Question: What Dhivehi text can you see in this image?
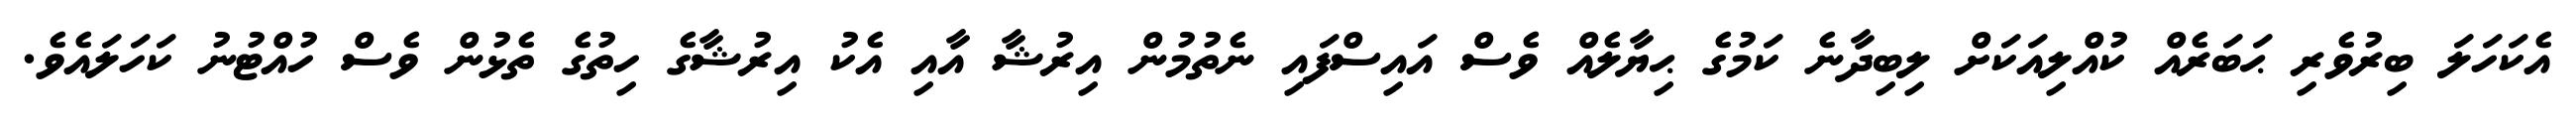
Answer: އެކަހަލަ ބިރުވެރި ޙަބަރެއް ކުއްލިއަކަށް ލިބިދާނެ ކަމުގެ ޙިޔާލެއް ވެސް އައިސްފައި ނެތުމުން އިރުޝާ އާއި އެކު އިރުޝާގެ ހިތުގެ ތެޅުން ވެސް ހުއްޓުނު ކަހަލައެވެ.